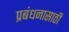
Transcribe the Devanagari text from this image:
प्रबंधनासाठी